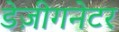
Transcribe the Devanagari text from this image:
डेज़ीगनेटर